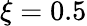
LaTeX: \xi=0.5